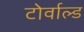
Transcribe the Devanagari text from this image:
टोर्वाल्ड